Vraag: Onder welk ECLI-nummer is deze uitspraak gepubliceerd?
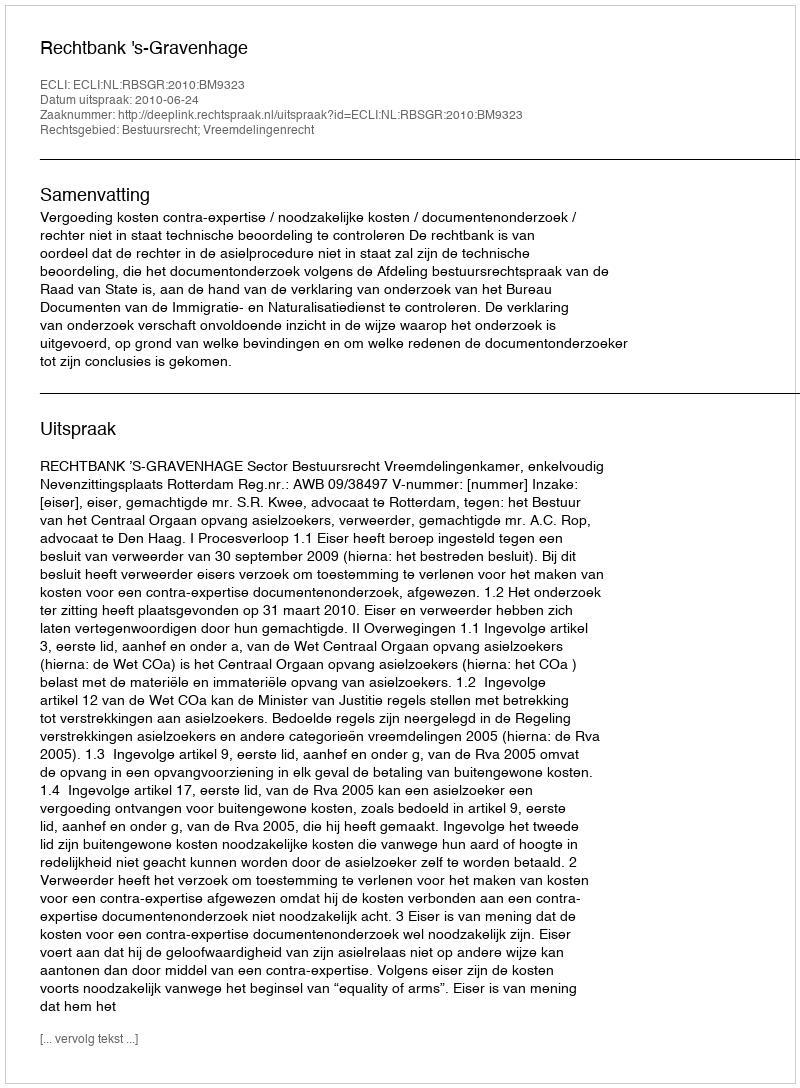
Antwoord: ECLI:NL:RBSGR:2010:BM9323